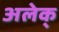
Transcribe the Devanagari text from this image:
अलेक्